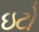
ઇટો